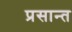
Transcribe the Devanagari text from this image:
प्रसान्त